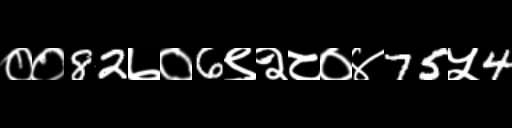
Text: ००82७०6९२८०४75५4